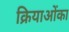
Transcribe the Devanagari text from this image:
क्रियाओंका